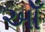
ઓઁ